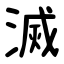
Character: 滅